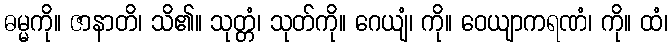
ဓမ္မကို။ ဇာနာတိ၊ သိ၏။ သုတ္တံ၊ သုတ်ကို။ ဂေယျံ၊ ကို။ ဝေယျာကရဏံ၊ ကို။ ထံ၊